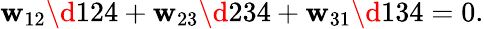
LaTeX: \mathbf{w}_{12}\d{1}24+\mathbf{w}_{23}\d{2}34+\mathbf{w}_{31}\d{1}34=0.